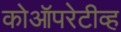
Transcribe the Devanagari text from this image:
कोऑपरेटीव्ह